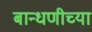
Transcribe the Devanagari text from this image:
बान्धणीच्या